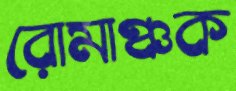
রোমাঞ্চক